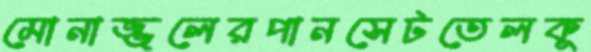
মোনাজ্জলেরপানসেটতেলকূ